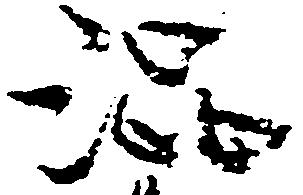
渋